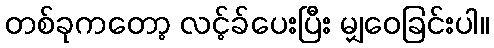
တစ်ခုကတော့ လင့်ခ်ပေးပြီး မျှဝေခြင်းပါ။